Indian journal of veterinary science and animal husbandry - Volume 4,
Year: 1934
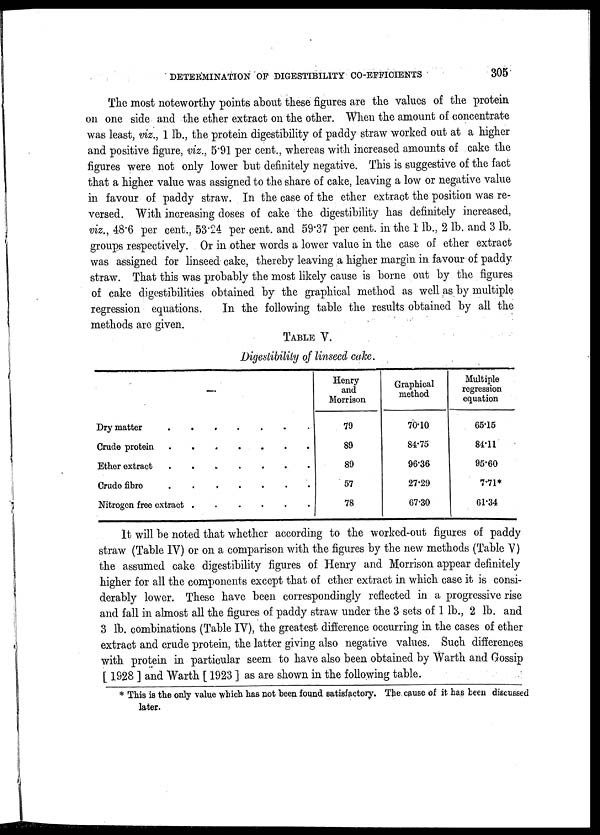
DETERMINATION OF DIGESTIBILITY CO-EFFICIENTS
305
The most noteworthy points about these figures are the values of the protein
on one side and the ether extract on the other. When the amount of concentrate
was least, viz., 1 lb., the protein digestibility of paddy straw worked out at a higher
and positive figure, viz., 5.91 per cent., whereas with increased amounts of cake the
figures were not only lower but definitely negative. This is suggestive of the fact
that a higher value was assigned to the share of cake, leaving a low or negative value
in favour of paddy straw. In the case of the ether extract the position was re-
versed. With increasing doses of cake the digestibility has definitely increased,
viz., 48.6 per cent., 53.24 per cent. and 59.37 per cent. in the 1 lb., 2 lb. and 3 lb.
groups respectively. Or in other words a lower value in the case of ether extract
was assigned for linseed cake, thereby leaving a higher margin in favour of paddy
straw. That this was probably the most likely cause is borne out by the figures
of cake digestibilities obtained by the graphical method as well as by multiple
regression equations.
In the following table the results obtained by all the
methods are given.
TABLE V.
Digestibility of linseed cake.
—
Dry matter
Crude protein
Ether extract
........
Crude fibre
Nitrogen free extract
......
Henry
and
Morrison
79
89
89
57
78
Graphical
method
70.10
84.75
96.36
27.29
67.30
Multiple
regression
equation
65.15
84.11
95.60
7.71*
61.34
It will be noted that whether according to the worked-out figures of paddy
straw (Table IV) or on a comparison with the figures by the new methods (Table V)
the assumed cake digestibility figures of Henry and Morrison appear definitely
higher for all the components except that of ether extract in which case it is consi-
derably lower. These have been correspondingly reflected in a progressive rise
and fall in almost all the figures of paddy straw under the 3 sets of 1 lb., 2 lb. and
3 lb. combinations (Table IV), the greatest difference occurring in the cases of ether
extract and crude protein, the latter giving also negative values. Such differences
with protein in particular seem to have also been obtained by Warth and Gossip
[ 1928 ] and Warth [ 1923 ] as are shown in the following table.
* This is the only value which has not been found satisfactory. The cause of it has been discussed
later.